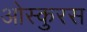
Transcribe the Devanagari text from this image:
ओस्कुरस